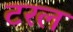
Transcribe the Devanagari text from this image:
टरल